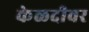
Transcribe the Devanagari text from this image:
केळदीवर